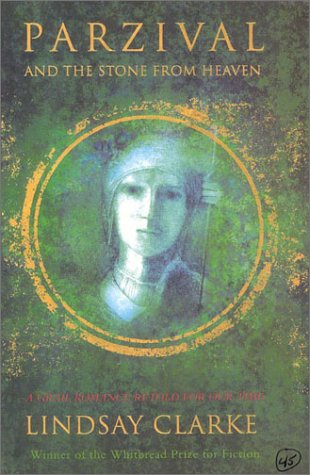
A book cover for Parzival and the Stone From Heaven: A Grail Romance Retold For Our Time; Lindsay Clarke; Science Fiction & Fantasy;